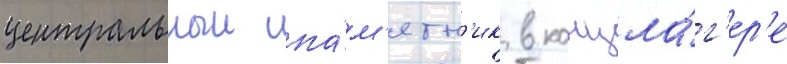
центральныи па́м'ятн'ик в концла́г'ер'е